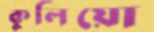
কুলিয়ো